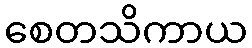
စေတသိကာယ